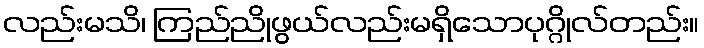
လည်းမသိ၊ ကြည်ညိုဖွယ်လည်းမရှိသောပုဂ္ဂိုလ်တည်း။